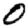
Digit: 0